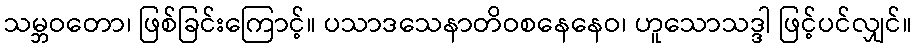
သမ္ဘဝတော၊ ဖြစ်ခြင်းကြောင့်။ ပသာဒသေနာတိဝစနေနေဝ၊ ဟူသောသဒ္ဒါ ဖြင့်ပင်လျှင်။